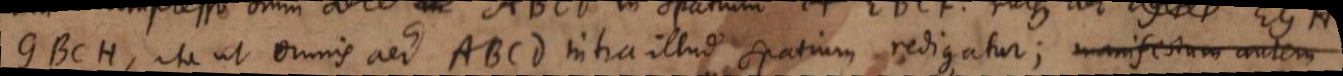
GBCH, ita ut omnis aer ABCD intra illud spatium redigatur; manifestum autem